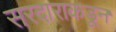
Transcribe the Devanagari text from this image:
सरदाराकडून